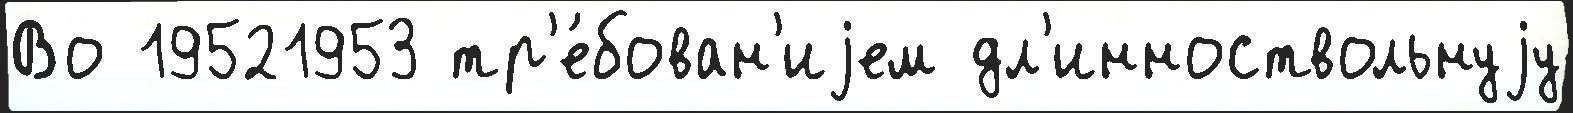
Во 19521953 тр'е́бован'иjем дл'инноствольнуjу